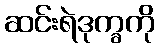
ဆင်းရဲဒုက္ခကို